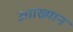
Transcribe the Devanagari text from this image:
आाख्यान